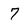
Character: 7